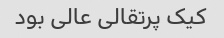
کیک پرتقالی عالی بود